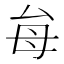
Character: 𭯇